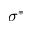
\sigma ^ { * }